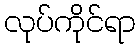
လုပ်ကိုင်ရာ